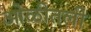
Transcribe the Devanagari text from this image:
ओळीतली